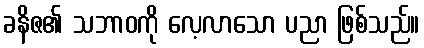
ခနိဇ၏ သဘာဝကို လေ့လာသော ပညာ ဖြစ်သည်။